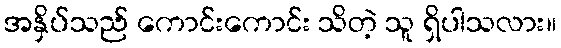
အနှိပ်သည် ကောင်းကောင်း သိတဲ့ သူ ရှိပါသလား။